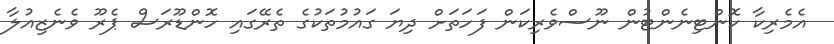
އެމެރިކާ ކޮންޓިނެންޓުން ނޫސްވެރިކަން ފަހަތަށް ދިޔަ ގައުމުތަކުގެ ތެރޭގައި ހޮންޑޫރަސް ޕެރޫ ވެނެޒިއުލާ